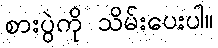
စားပွဲကို သိမ်းပေးပါ။